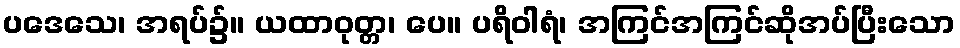
ပဒေသေ၊ အရပ်၌။ ယထာဝုတ္တ၊ ပေ။ ပရိဝါရံ၊ အကြင်အကြင်ဆိုအပ်ပြီးသော